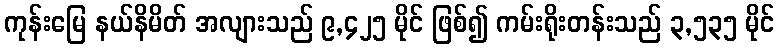
ကုန်းမြေ နယ်နိမိတ် အလျားသည် ၉,၄၂၅ မိုင် ဖြစ်၍ ကမ်းရိုးတန်းသည် ၃,၅၃၅ မိုင်